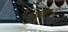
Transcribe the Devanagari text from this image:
भुविः।